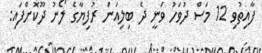
ފާއިތުވި 12 މަސް ދުވަހު ވަނީ ދެ ބިލިއަން ރުފިޔާގެ ލޯނު ދޫކޮށްފައި: